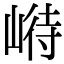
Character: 崻